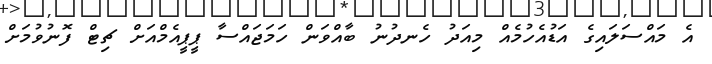
އެ މައްސަލައިގެ އަޑުއެހުމެއް މިއަދު ހެނދުނު ބާއްވަން ހަމަޖައްސާ ޕީޕީއެމްއަށް ޗިޓް ފޮނުވުމަށް